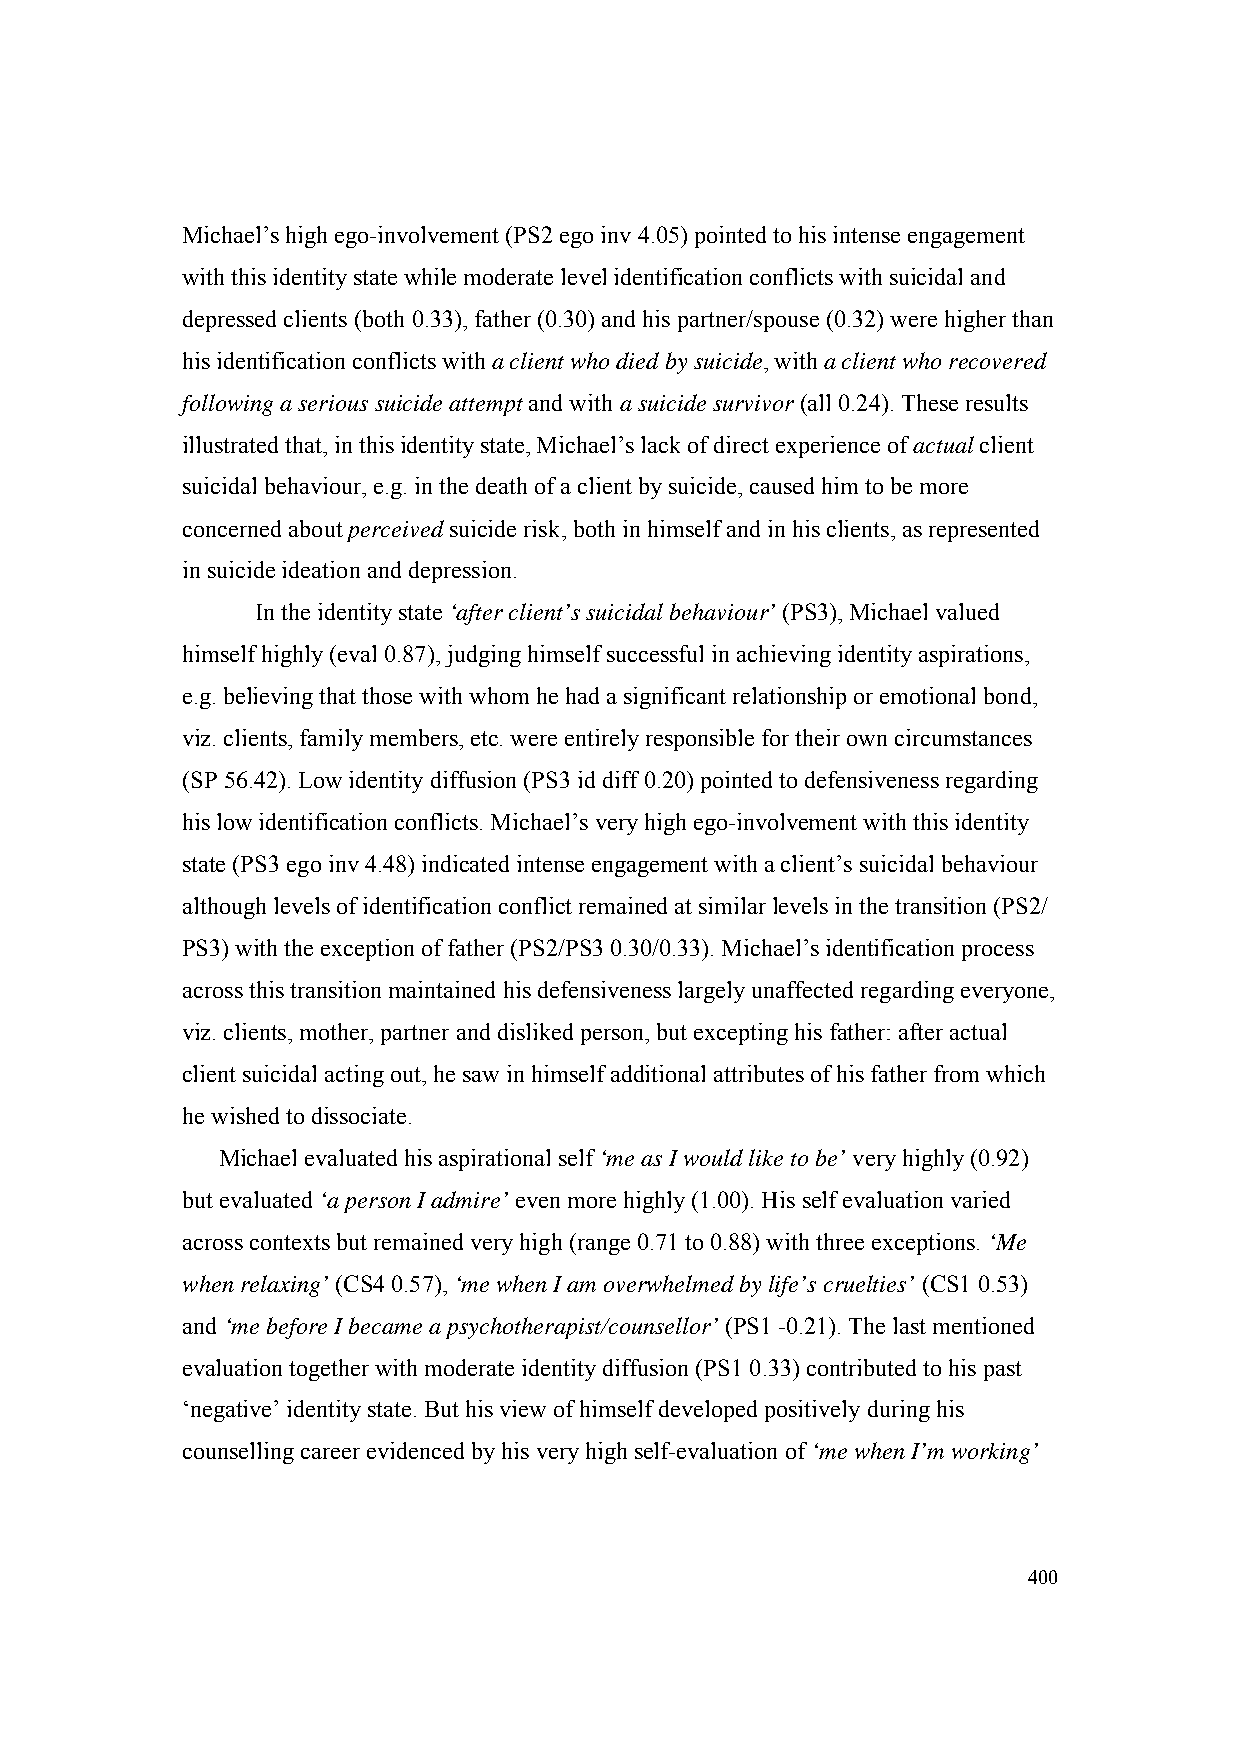
Michael’s high ego-involvement (PS2 ego inv 4.05) pointed to his intense engagement
 with this identity state while moderate level identification conflicts with suicidal and
 depressed clients (both 0.33), father (0.30) and his partner/spouse (0.32) were higher than
 his identification conflicts with a client who died by suicide, with a client who recovered
 following a serious suicide attempt and with a suicide survivor (all 0.24). These results
 illustrated that, in this identity state, Michael’s lack of direct experience of actual client
 suicidal behaviour, e.g. in the death of a client by suicide, caused him to be more
 concerned about perceived suicide risk, both in himself and in his clients, as represented
 in suicide ideation and depression.
 In the identity state ‘after client’s suicidal behaviour’ (PS3), Michael valued
 himself highly (eval 0.87), judging himself successful in achieving identity aspirations,
 e.g. believing that those with whom he had a significant relationship or emotional bond,
 viz. clients, family members, etc. were entirely responsible for their own circumstances
 (SP 56.42). Low identity diffusion (PS3 id diff 0.20) pointed to defensiveness regarding
 his low identification conflicts. Michael’s very high ego-involvement with this identity
 state (PS3 ego inv 4.48) indicated intense engagement with a client’s suicidal behaviour
 although levels of identification conflict remained at similar levels in the transition (PS2/
 PS3) with the exception of father (PS2/PS3 0.30/0.33). Michael’s identification process
 across this transition maintained his defensiveness largely unaffected regarding everyone,
 viz. clients, mother, partner and disliked person, but excepting his father: after actual
 client suicidal acting out, he saw in himself additional attributes of his father from which
 he wished to dissociate.
 Michael evaluated his aspirational self ‘me as I would like to be’ very highly (0.92)
 but evaluated ‘a person I admire’ even more highly (1.00). His self evaluation varied
 across contexts but remained very high (range 0.71 to 0.88) with three exceptions. ‘Me
 when relaxing’ (CS4 0.57), ‘me when I am overwhelmed by life’s cruelties’ (CS1 0.53)
 and ‘me before I became a psychotherapist/counsellor’ (PS1 -0.21). The last mentioned
 evaluation together with moderate identity diffusion (PS1 0.33) contributed to his past
 ‘negative’ identity state. But his view of himself developed positively during his
 counselling career evidenced by his very high self-evaluation of ‘me when I’m working’
 400